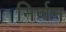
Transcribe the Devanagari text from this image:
निर्णन